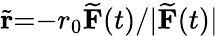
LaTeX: \widetilde{\mathbf{r}}{=}{-}r_{0}\widetilde{\mathbf{F}}(t)/|\widetilde{\mathbf{F}}(t)|